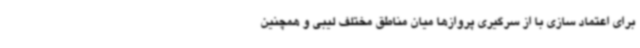
برای اعتماد سازی با از سرگیری پروازها میان مناطق مختلف لیبی و همچنین